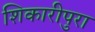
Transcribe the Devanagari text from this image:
शिकारीपुरा